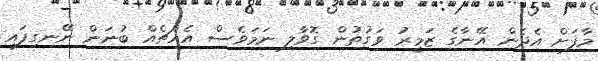
މާފަށް އެދެން އޭނާގެ ޒަމީރު ވަގުތުން ގޮވާލި ނަމަވެސް އެއްޗެއް ބުނަން ނޭނގިފައި